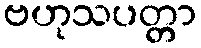
ဗဟုသပတ္တာ